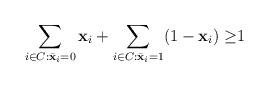
LaTeX: \begin{align*}\sum_{i\in C:\bar{\textbf{x}}_i=0}\textbf{x}_i +\sum_{i\in C:\bar{\textbf{x}}_i=1}(1-\textbf{x}_i)\geq& 1 \end{align*}